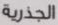
الجذرية